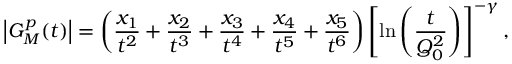
\left| G _ { M } ^ { p } ( t ) \right| = \left( \frac { x _ { 1 } } { t ^ { 2 } } + \frac { x _ { 2 } } { t ^ { 3 } } + \frac { x _ { 3 } } { t ^ { 4 } } + \frac { x _ { 4 } } { t ^ { 5 } } + \frac { x _ { 5 } } { t ^ { 6 } } \right) \left[ \ln \left( \frac { t } { Q _ { 0 } ^ { 2 } } \right) \right] ^ { - \gamma } ,